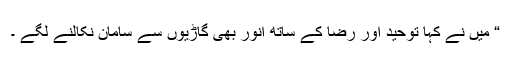
“ میں نے کہا توحید اور رضا کے ساتھ انور بھی گاڑیوں سے سامان نکالنے لگے ۔